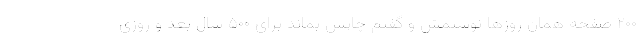
۲۰۰ صفحه همان روزها نوشتمش و گفتم چاپش بماند برای ۵۰۰ سال بعد و روزی